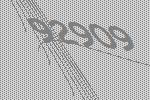
92909